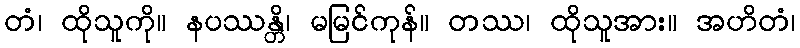
တံ၊ ထိုသူကို။ နပဿန္တိ၊ မမြင်ကုန်။ တဿ၊ ထိုသူအား။ အဟိတံ၊